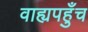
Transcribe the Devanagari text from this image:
वाह्यपहुँच